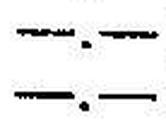
—.—